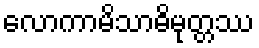
လောကာမိသာဓိမုတ္တဿ